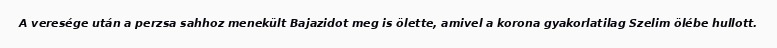
A veresége után a perzsa sahhoz menekült Bajazidot meg is ölette, amivel a korona gyakorlatilag Szelim ölébe hullott.